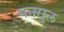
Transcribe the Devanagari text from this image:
मनसुल